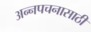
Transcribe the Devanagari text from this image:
अन्‍नपचनासाठी